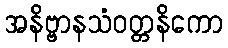
အနိဗ္ဗာနသံဝတ္တနိကော